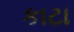
કાટા